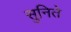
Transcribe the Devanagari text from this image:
सुनिते